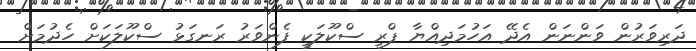
ދަރިވަރުން ވަންނަން އެދޭ އަހުމަދިއްޔާ ޕްރީ ސްކޫލަކީ ފެންވަރު ރަނގަޅު ސްކޫލަކަށް ހެދުމަށް